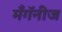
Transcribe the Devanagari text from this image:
मँगॅनीज